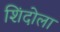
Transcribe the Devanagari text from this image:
शिंदोला